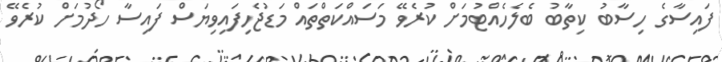
ފައިސާގެ ހިސާބު ކިތާބު ބެލެހެއްޓުމަށް ކުރެވޭ މަސައްކަތްތައް މަޑުޖެހިފައިވިޔަސް ފައިސާ ހޯދުމަށް ކުރެވޭ